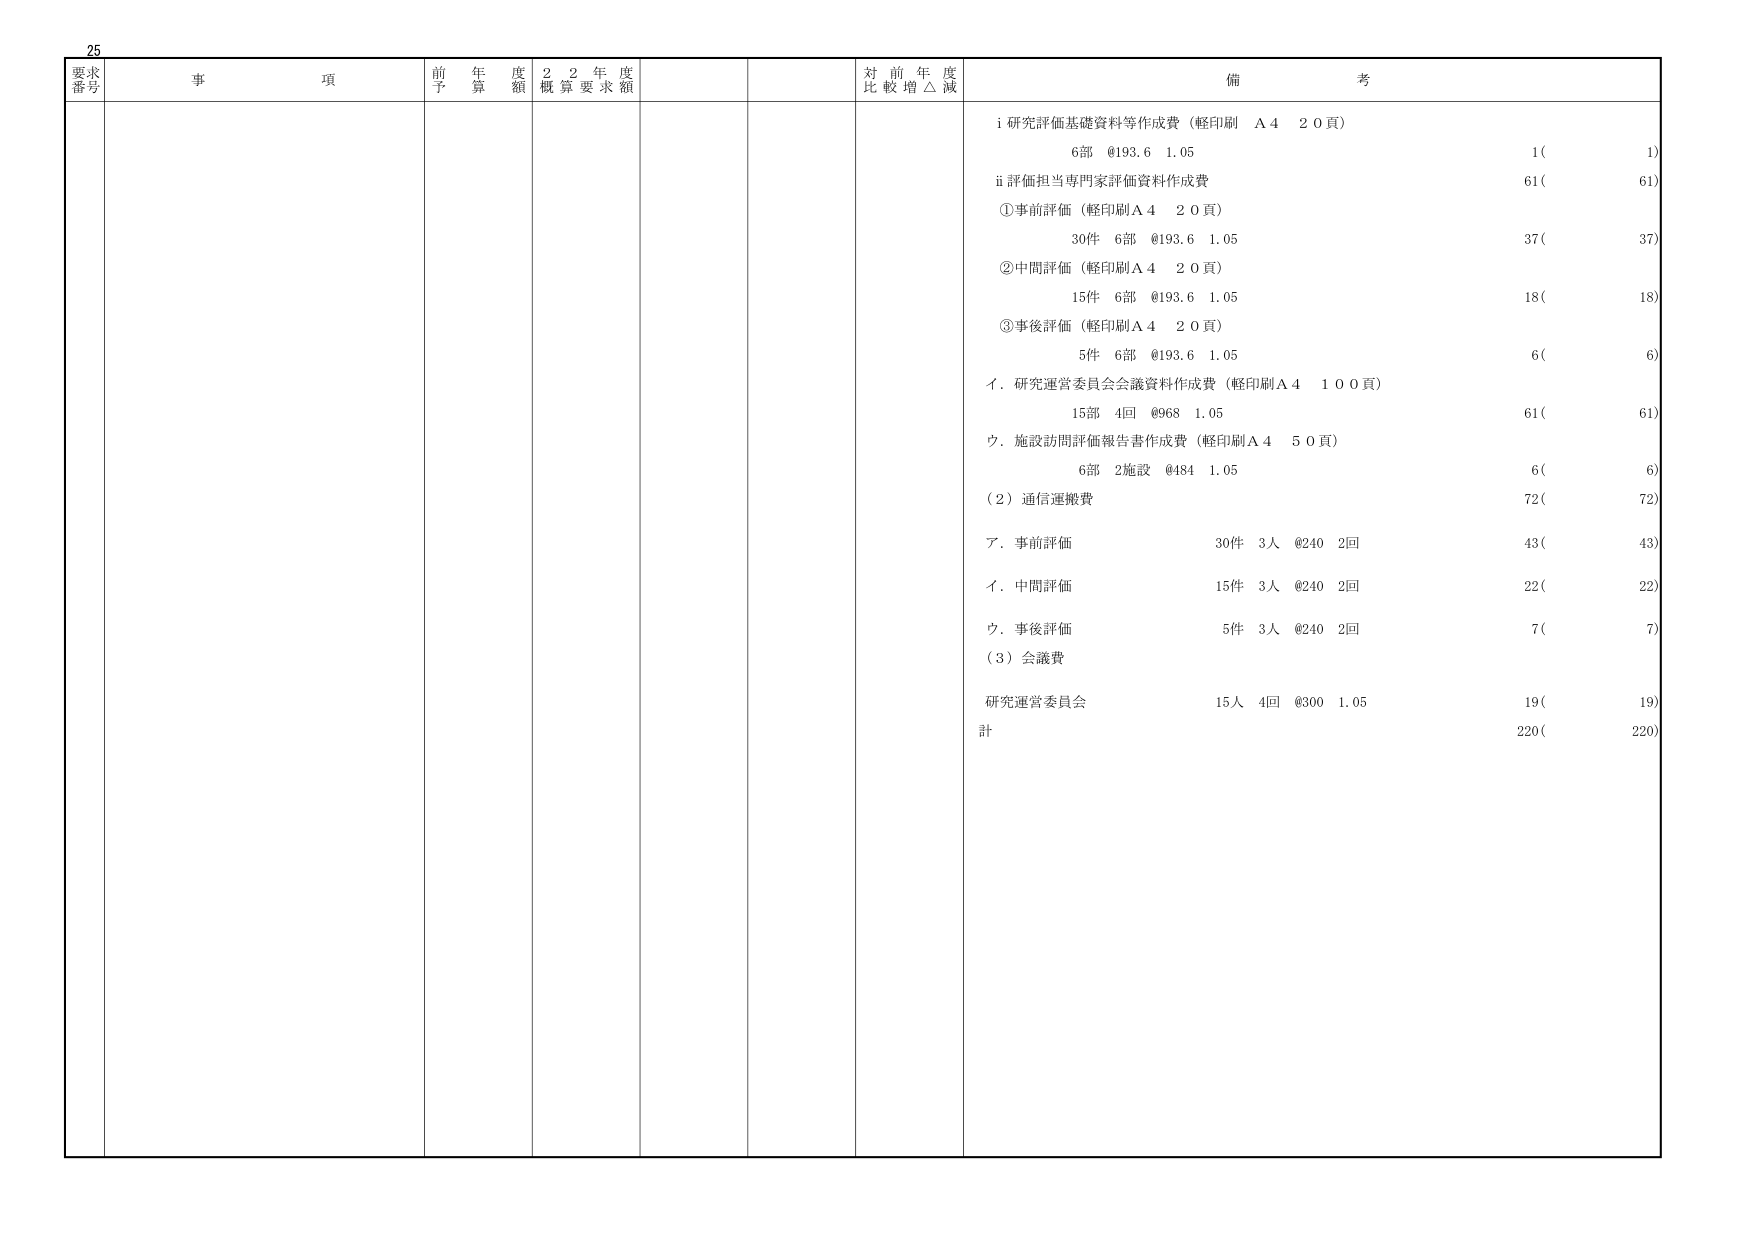
25
要求番号
事項
前年度予算額
22年度概算要求額
対前年度比較増△減
備考
i 研究評価基礎資料等作成費（軽印刷 A4 20頁）
6部 @193.6 1.05
1( 1)
ii 評価担当専門家評価資料作成費
61( 61)
①事前評価（軽印刷A4 20頁）
30件 6部 @193.6 1.05
37( 37)
②中間評価（軽印刷A4 20頁）
15件 6部 @193.6 1.05
18( 18)
③事後評価（軽印刷A4 20頁）
5件 6部 @193.6 1.05
6( 6)
イ．研究運営委員会会議資料作成費（軽印刷A4 100頁）
15部 4回 @968 1.05
61( 61)
ウ．施設訪問評価報告書作成費（軽印刷A4 50頁）
6部 2施設 @484 1.05
6( 6)
（2）通信運搬費
72( 72)
ア．事前評価
30件 3人 @240 2回
43( 43)
イ．中間評価
15件 3人 @240 2回
22( 22)
ウ．事後評価
5件 3人 @240 2回
7( 7)
（3）会議費
研究運営委員会
15人 4回 @300 1.05
19( 19)
計
220( 220)